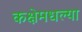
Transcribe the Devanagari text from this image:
कक्षेमधल्या